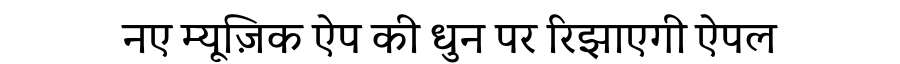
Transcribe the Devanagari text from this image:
नए म्यूज़िक ऐप की धुन पर रिझाएगी ऐपल